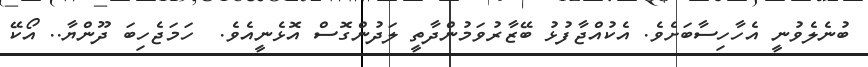
ބުނެލެވުނީ އެހާހިސާބަށެވެ. އެކުއްޖާފުޅު ބޭޒާރުވަމުންދާތީ ލަދުންގޮސް އޮޅެނީއެވެ.  ހަމަޖެހިބަ ދޫންޔާ.. އޯކޭ